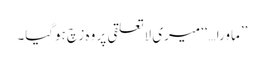
’’ماورا…‘‘ میری لاتعلقی پر وہ زچ ہوگیا۔